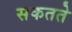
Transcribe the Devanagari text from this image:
सकतते